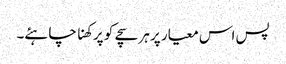
پس اس معیار پر ہر سچے کو پرکھنا چاہئے۔